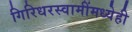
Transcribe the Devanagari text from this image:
गिरिधरस्वामींमध्येही